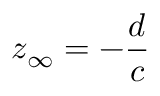
z _ { \infty } = - { \frac { d } { c } }